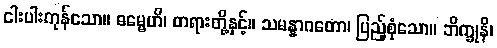
ငါးပါးကုန်သော။ ဓမ္မေဟိ၊ တရားတို့နှင့်။ သမန္နာဂတော၊ ပြည့်စုံသော။ ဘိက္ခုနိ၊